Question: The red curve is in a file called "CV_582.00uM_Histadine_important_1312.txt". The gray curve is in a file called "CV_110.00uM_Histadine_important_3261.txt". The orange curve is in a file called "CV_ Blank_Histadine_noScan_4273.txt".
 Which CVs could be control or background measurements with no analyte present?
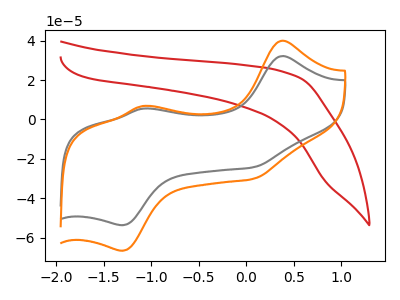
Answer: <think>The red curve "Histadine, 582.00uM" has no peaks. The gray curve "Histadine, 110.00uM" has anodic peaks at (0.40V, 32.20uA) (-1.10V, 5.50uA) and cathodic peaks at (0.05V, -24.30uA) (-1.30V, -53.70uA). The orange curve "Histadine,  Blank" has anodic peaks at (0.40V, 40.00uA) (-1.10V, 6.85uA) and cathodic peaks at (0.05V, -30.15uA) (-1.30V, -66.65uA).</think>
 <answer>"Histadine, 582.00uM" is likely to be a blank.</answer>
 <eval>Histadine, 582.00uM</eval>